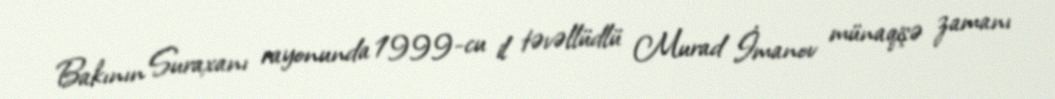
Bakının Suraxanı rayonunda 1999-cu il təvəllüdlü Murad İmanov münaqişə zamanı